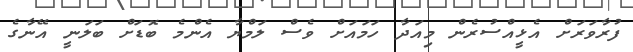
ފުރާވަރަށް އެޅީއްސުރެން މިއަދާ ހަމައަށް ވެސް ލަމްޔާ އެންމެ ބޮޑަށް ބަލަނީ އޭނާގެ